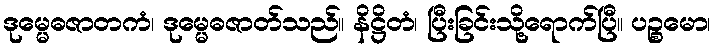
ဒုမ္မေဓဇာတကံ၊ ဒုမ္မေဓဇာတ်သည်။ နိဋ္ဌိတံ၊ ပြီးခြင်းသို့ရောက်ပြီ။ ပဉ္စမော၊